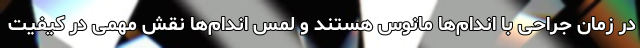
در زمان جراحی با اندام‌ها مانوس هستند و لمس اندام‌ها نقش مهمی در کیفیت